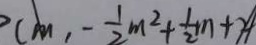
( m , - \frac { 1 } { 2 } m ^ { 2 } + \frac { 1 } { 2 } m + 2 )